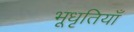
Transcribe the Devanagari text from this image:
भूधृतियाँ